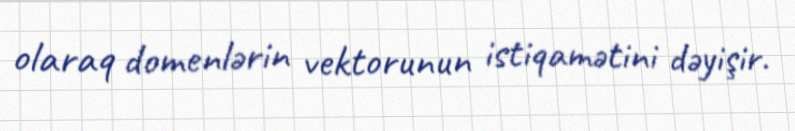
olaraq domenlərin vektorunun istiqamətini dəyişir.